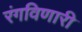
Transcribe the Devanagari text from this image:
रंगविणारी